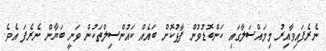
ނެރެފައިވާއިރު މިމައްސަލާގައި ކަންބޮޑުވުން ފާޅުކޮށް ބައެއް ކައުންސިލްތަކުން ވަނީ ބަޔާން ނެރެފަ އެވެ.